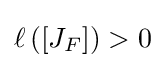
\ell \left(\left[J_{F}\right]\right)>0